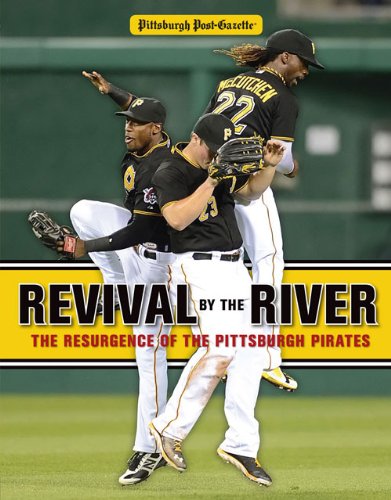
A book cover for Revival by the River: The Resurgence of the Pittsburgh Pirates; Pittsburgh Post-Gazette; Travel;